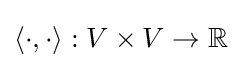
\langle \cdot ,\cdot \rangle :V\times V\to \mathbb {R}